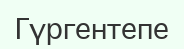
Гүргентепе